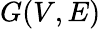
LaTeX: G(V,E)